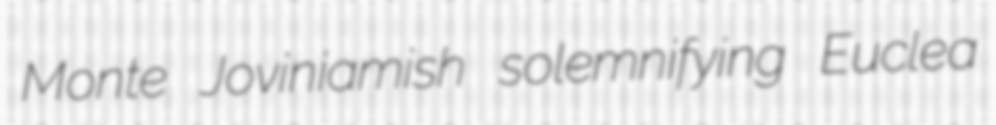
Monte Joviniamish solemnifying Euclea